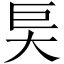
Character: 𰋝